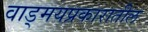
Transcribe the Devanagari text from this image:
वाड्मयप्रकारातील